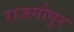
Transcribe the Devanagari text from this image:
राजगोपुर